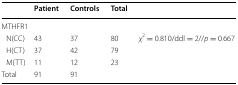
<table><thead><tr><td></td><td><b>Patient</b></td><td><b>Controls</b></td><td><b>Total</b></td><td></td></tr></thead><tbody><tr><td colspan="5">MTHFR1</td></tr><tr><td> N(CC)</td><td>43</td><td>37</td><td>80</td><td><i>χ</i><sup>2</sup> = 0.810/ddl = 2//<i>p</i> = 0.667</td></tr><tr><td> H(CT)</td><td>37</td><td>42</td><td>79</td><td></td></tr><tr><td> M(TT)</td><td>11</td><td>12</td><td>23</td><td></td></tr><tr><td>Total</td><td>91</td><td>91</td><td></td><td></td></tr></tbody></table>